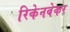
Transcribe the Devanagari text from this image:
रिकेनबेकर